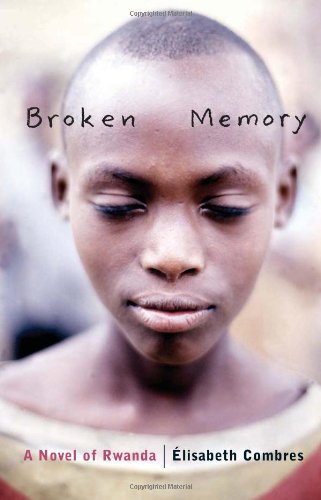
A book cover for Broken Memory: A Novel of Rwanda; ÃElisabeth Combres; Teen & Young Adult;